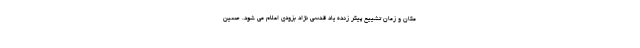
مکان و زمان تشییع پیکر زنده یاد قدسی نژاد بزودی اعلام می شود. حسین